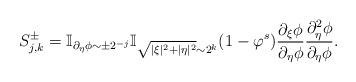
LaTeX: \begin{align*}S^{\pm}_{j,k}=\mathbb{I}_{\partial_{\eta}\phi\sim \pm 2^{-j}}\mathbb{I}_{\sqrt{|\xi|^2+|\eta|^2}\sim 2^{k}}(1-\varphi^{s})\frac{\partial_{\xi}\phi}{\partial_{\eta}\phi}\frac{\partial_{\eta}^2\phi}{\partial_{\eta}\phi}.\end{align*}